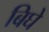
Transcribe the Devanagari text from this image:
बिघे